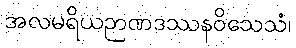
အလမရိယဉာဏဒဿနဝိသေသံ၊